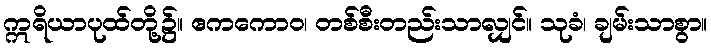
ဣရိယာပုထ်တို့၌။ ဧကကောဝ၊ တစ်စီးတည်းသာလျှင်။ သုခံ၊ ချမ်းသာစွာ။